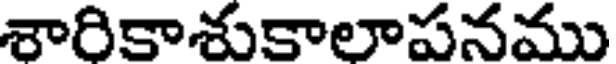
శారికాశుకాలాపనము